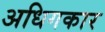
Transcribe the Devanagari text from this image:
अधिगकार